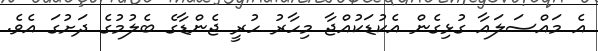
އެ މައްސަލައާ ގުޅިގެން އެކުޑަކުއްޖާ މިހާރު ހުރީ ޖެންޑާގެ ބެލުމުގެ ދަށުގަ އެވެ.